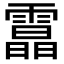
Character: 𩅟